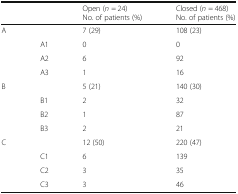
<table><thead><tr><td></td><td></td><td><b>Open (<i>n</i> = 24)No. of patients (%)</b></td><td><b>Closed (<i>n</i> = 468)No. of patients (%)</b></td></tr></thead><tbody><tr><td>A</td><td></td><td>7 (29)</td><td>108 (23)</td></tr><tr><td></td><td>A1</td><td>0</td><td>0</td></tr><tr><td></td><td>A2</td><td>6</td><td>92</td></tr><tr><td></td><td>A3</td><td>1</td><td>16</td></tr><tr><td>B</td><td></td><td>5 (21)</td><td>140 (30)</td></tr><tr><td rowspan="3"></td><td>B1</td><td>2</td><td>32</td></tr><tr><td>B2</td><td>1</td><td>87</td></tr><tr><td>B3</td><td>2</td><td>21</td></tr><tr><td>C</td><td></td><td>12 (50)</td><td>220 (47)</td></tr><tr><td></td><td>C1</td><td>6</td><td>139</td></tr><tr><td></td><td>C2</td><td>3</td><td>35</td></tr><tr><td></td><td>C3</td><td>3</td><td>46</td></tr></tbody></table>